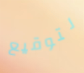
لتوقيع